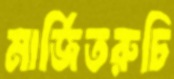
মার্জিতরুচি